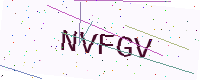
Text: NVFGV